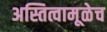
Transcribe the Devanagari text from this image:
अस्तित्वामूळेच